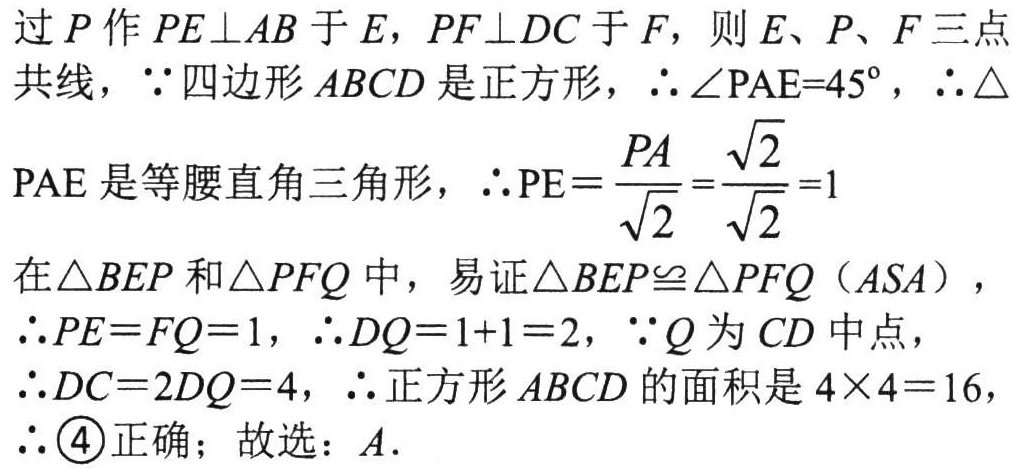
过$P$作$PE\perp AB$于$E$，$PF\perp DC$于$F$，则$E、P、F$三点
共线，$\because$四边形$ABCD$是正方形，$\therefore\angle PAE = 45^{\circ}$，$\therefore\triangle$
PAE是等腰直角三角形，$\therefore \text{PE}=\dfrac{PA}{\sqrt{2}}=\dfrac{\sqrt{2}}{\sqrt{2}} = 1$
在$\triangle BEP$和$\triangle PFQ$中，易证$\triangle BEP\cong\triangle PFQ$（$ASA$），
$\therefore PE = FQ = 1$，$\therefore DQ = 1 + 1 = 2$，$\because Q$为$CD$中点，
$\therefore DC = 2DQ = 4$，$\therefore$正方形$ABCD$的面积是$4\times4 = 16$，
$\therefore$\textcircled{4}正确；故选：$A$.